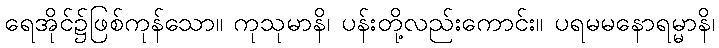
ရေအိုင်၌ဖြစ်ကုန်သော။ ကုသုမာနိ၊ ပန်းတို့လည်းကောင်း။ ပရမမနောရမ္မာနိ၊